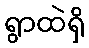
ရွာထဲရှိ